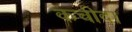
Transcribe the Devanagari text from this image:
कचीदा